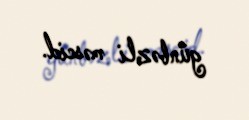
günbəzli məscid.